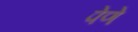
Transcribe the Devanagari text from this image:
पेणे